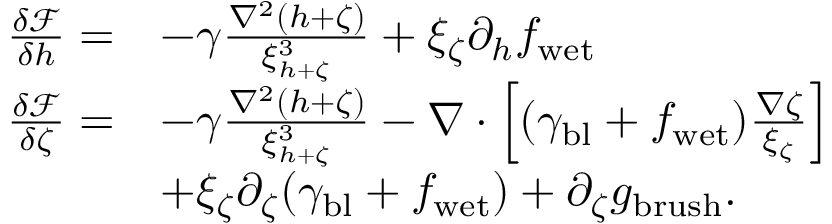
\begin{array} { r l } { \frac { \delta \mathcal { F } } { \delta h } = } & { - \gamma \frac { \nabla ^ { 2 } ( h + \zeta ) } { \xi _ { h + \zeta } ^ { 3 } } + \xi _ { \zeta } \partial _ { h } f _ { \mathrm { w e t } } } \\ { \frac { \delta \mathcal { F } } { \delta \zeta } = } & { - \gamma \frac { \nabla ^ { 2 } ( h + \zeta ) } { \xi _ { h + \zeta } ^ { 3 } } - \nabla \cdot \left[ ( \gamma _ { \mathrm { b l } } + f _ { \mathrm { w e t } } ) \frac { \nabla \zeta } { \xi _ { \zeta } } \right] } \\ & { + \xi _ { \zeta } \partial _ { \zeta } ( \gamma _ { \mathrm { b l } } + f _ { \mathrm { w e t } } ) + \partial _ { \zeta } g _ { \mathrm { b r u s h } } . } \end{array}